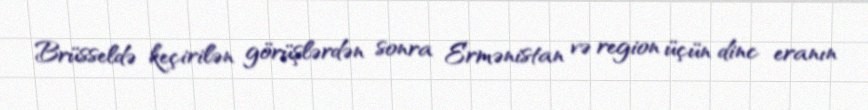
Brüsseldə keçirilən görüşlərdən sonra Ermənistan və region üçün dinc eranın